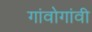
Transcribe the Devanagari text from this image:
गांवोगांवी